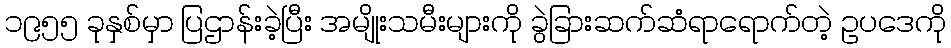
၁၉၅၅ ခုနှစ်မှာ ပြဌာန်းခဲ့ပြီး အမျိုးသမီးများကို ခွဲခြားဆက်ဆံရာရောက်တဲ့ ဥပဒေကို